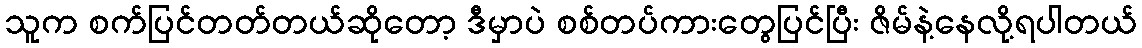
သူက စက်ပြင်တတ်တယ်ဆိုတော့ ဒီမှာပဲ စစ်တပ်ကားတွေပြင်ပြီး ဇိမ်နဲ့နေလို့ရပါတယ်